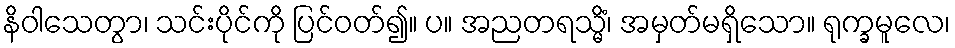
နိဝါသေတွာ၊ သင်းပိုင်ကို ပြင်ဝတ်၍။ ပ။ အညတရသ္မိံ၊ အမှတ်မရှိသော။ ရုက္ခမူလေ၊